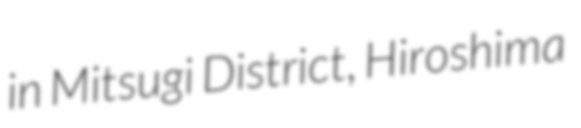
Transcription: in Mitsugi District, Hiroshima